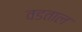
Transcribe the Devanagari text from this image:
वडताल